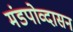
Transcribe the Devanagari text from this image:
मंडपोव्दासन